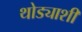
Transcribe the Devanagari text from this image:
थोड्याशी